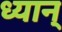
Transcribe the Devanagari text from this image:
ध्यान्